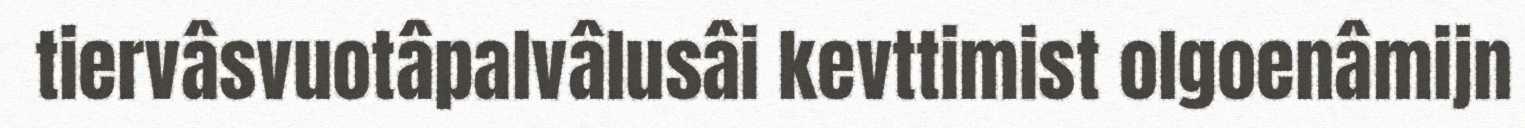
tiervâsvuotâpalvâlusâi kevttimist olgoenâmijn